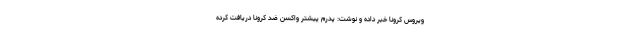
ویروس کرونا خبر داده و نوشت: پدرم پیشتر واکسن ضد کرونا دریافت کرده